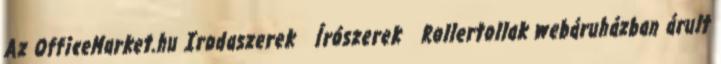
Az OfficeMarket.hu Irodaszerek Írószerek Rollertollak webáruházban árult